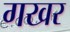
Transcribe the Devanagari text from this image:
गखर